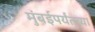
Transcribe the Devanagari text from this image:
मुंबईपर्यंतच्या